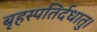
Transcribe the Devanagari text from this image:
बृहस्पतिर्दधातु।